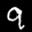
Label: 9